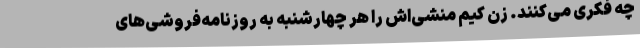
چه فکری می‌کنند. زِن کیم منشی‌اش را هر چهارشنبه به روزنامه‌فروشی‌های